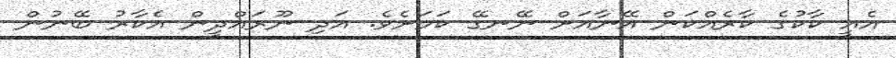
އެއީ ކާކުގެ ކާރެއްކަން އޭނާއަށް ނޭނގޭ ކަމަށެވެ. އަދި ނޫރައްދީން އެކާރު ބޭނުން